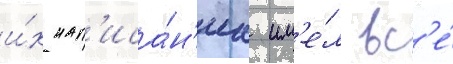
и́х нап'иса́н'иа им'е́л вс'е́